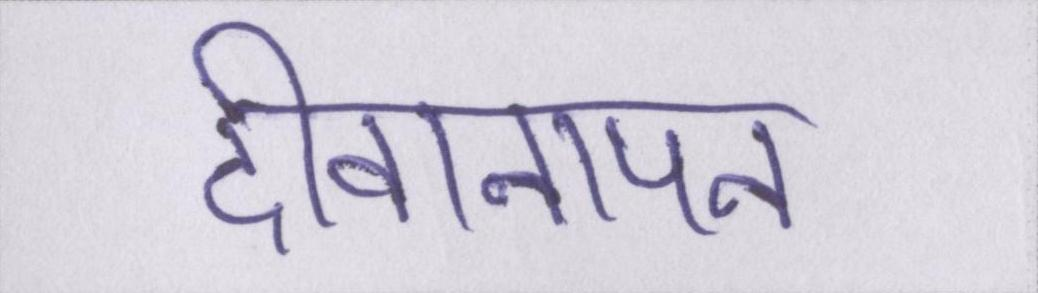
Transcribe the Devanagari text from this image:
दीवानापन